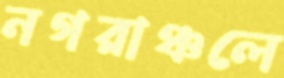
নগরাঞ্চলে